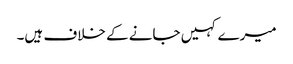
میرے کہیں جانے کے خلاف ہیں۔